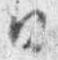
日